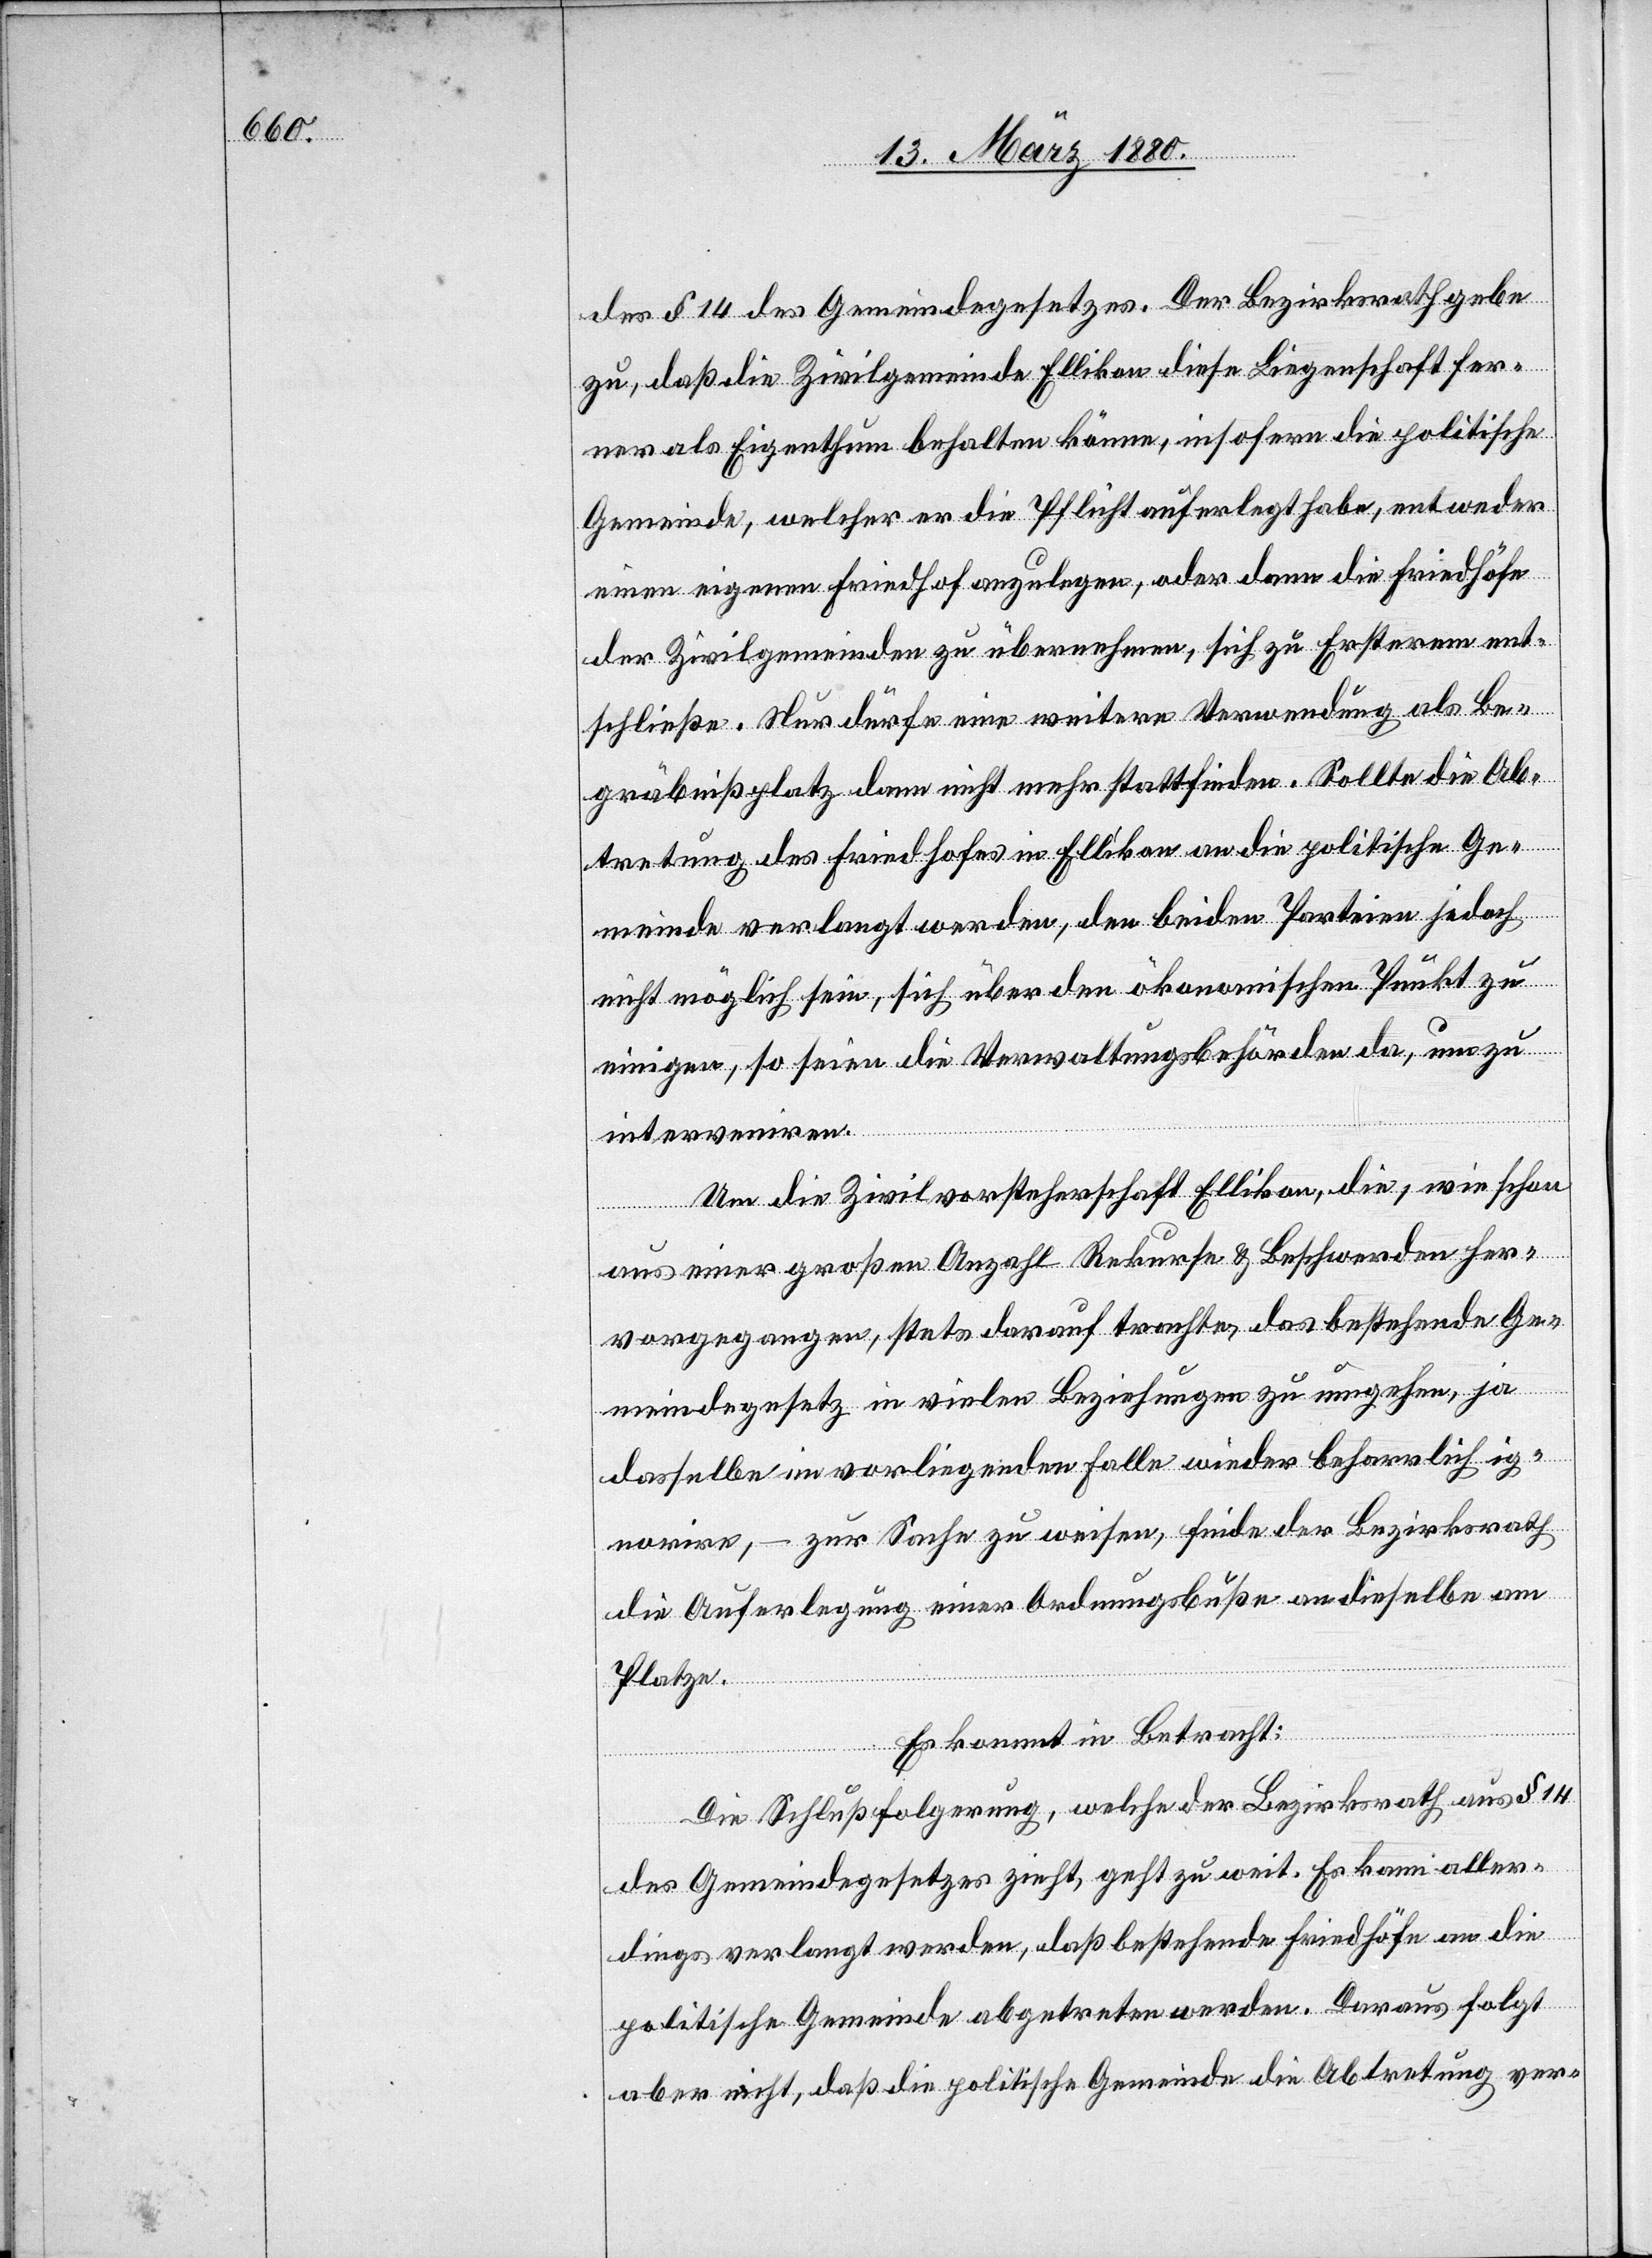
des§ 14 des Gemeindegesetzes. Der Bezirksrath gebe
zu, daß die Zivilgemeinde Ellikon diese Liegenschaft fer¬
ner als Eigenthum behalten könne, insofern die politische
Gemeinde, welcher er die Pflicht auferlegt habe, entweder
einen eigenen Friedhof anzulegen, oder dann die Friedhöfe
der Zivilgemeinde zu übernehmen, sich zu Ersterem ent¬
schließe. Nur dürfe eine weitere Verwendung als Be¬
gräbnißplatz dann nicht mehr stattfinden. Sollte die Ab¬
tretung des Friedhofes in Ellikon an die politische Ge¬
meinde verlangt werden, den beiden Parteien jedoch
nicht möglich sein, sich über den ökonomischen Punkt zu
einigen, so seien die Verwaltungsbehörden da, um zu
interveniren.
Um die Zivilvorsteherschaft Ellikon, die, wie schon
aus einer großen Anzahl Rekurse & Beschwerden her¬
vorgegangen, stets darauf trachte, das bestehende Ge¬
meindegesetz in vielen Beziehungen zu umgehen, ja
dasselbe im vorliegenden Falle wieder beharrlich ig¬
norire, – zur Sache zu weisen, finde der Bezirksrath
die Auferlegung einer Ordnungsbuße an dieselbe am
Platze.
Es kommt in Betracht:
Die Schlußfolgerung, welche der Bezirksrath aus § 14
des Gemeindegesetzes zieht, geht zu weit. Es kann aller¬
dings verlangt werden, daß bestehende Friedhöfe an die
politische Gemeinde abgetreten werden. Daraus folgt
aber nicht, daß die politische Gemeinde die Abtretung ver-